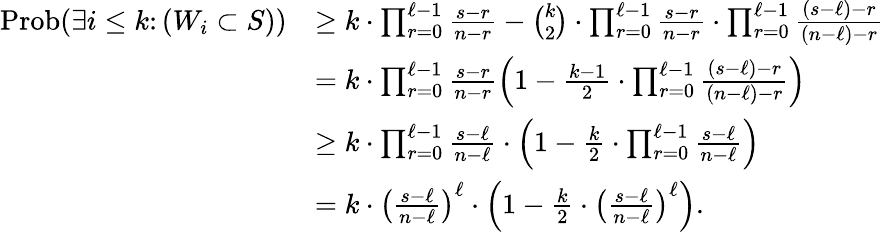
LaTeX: \begin{array}{rl}{\mathrm{Prob}(\exists i\leq k\colon(W_{i}\subset S))}&{\geq k\cdot\prod_{r=0}^{\ell-1}\frac{s-r}{n-r}-{\binom{k}{2}}\cdot\prod_{r=0}^{\ell-1}\frac{s-r}{n-r}\cdot\prod_{r=0}^{\ell-1}\frac{(s-\ell)-r}{(n-\ell)-r}}\\ &{=k\cdot\prod_{r=0}^{\ell-1}\frac{s-r}{n-r}\left(1-\frac{k-1}{2}\cdot\prod_{r=0}^{\ell-1}\frac{(s-\ell)-r}{(n-\ell)-r}\right)}\\ &{\geq k\cdot\prod_{r=0}^{\ell-1}\frac{s-\ell}{n-\ell}\cdot\left(1-\frac{k}{2}\cdot\prod_{r=0}^{\ell-1}\frac{s-\ell}{n-\ell}\right)}\\ &{=k\cdot\left(\frac{s-\ell}{n-\ell}\right)^{\ell}\cdot\left(1-\frac{k}{2}\cdot\left(\frac{s-\ell}{n-\ell}\right)^{\ell}\right).}\end{array}